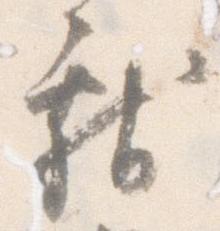
献